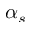
\alpha _ { s }